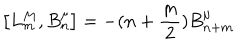
\left[ L _ { m } ^ { M } , B _ { n } ^ { \mu } \right] = - ( n + \frac { m } { 2 } ) B _ { n + m } ^ { \mu }